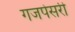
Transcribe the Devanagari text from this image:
गजपेसरी